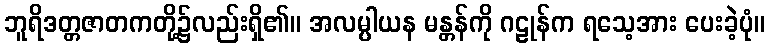
ဘူရိဒတ္တဇာတကတို့၌လည်းရှိ၏။ အလမ္ပါယန မန္တန်ကို ဂဠုန်က ရသေ့အား ပေးခဲ့ပုံ။